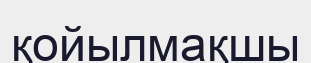
қойылмақшы